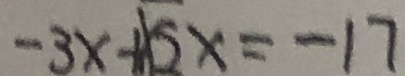
- 3 x + 5 x = - 1 7